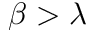
\beta > \lambda